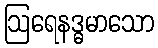
ဩရေနဒ္ဓမာသော